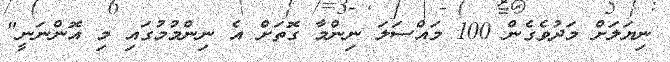
ނިޔަލަށް މަދުވެގެން 100 މައްސަލަ ނިންމާ ގޮތަށް އެ ނިންމުމުގައި މި އޮންނަނީ"